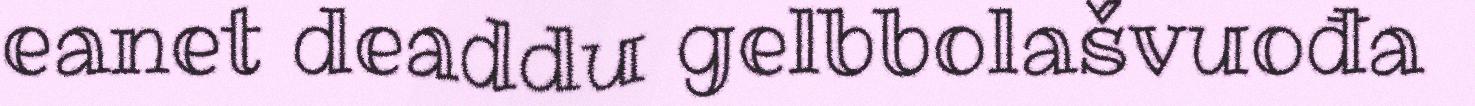
eanet deaddu gelbbolašvuođa